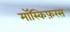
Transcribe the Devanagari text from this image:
मॉस्किफ़रस